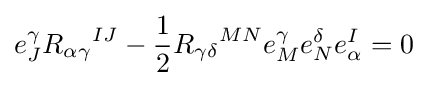
e_{J}^{\gamma }{R_{\alpha \gamma }}^{IJ}-{1 \over 2}{R_{\gamma \delta }}^{MN}e_{M}^{\gamma }e_{N}^{\delta }e_{\alpha }^{I}=0